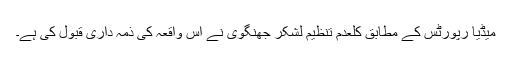
میڈیا رپورٹس کے مطابق کلعدم تنظیم لشکر جھنگوی نے اس واقعہ کی ذمہ داری قبول کی ہے۔